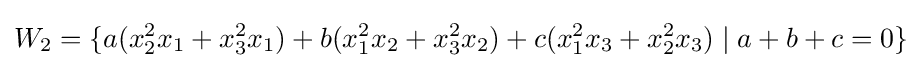
W_{2}=\{a(x_{2}^{2}x_{1}+x_{3}^{2}x_{1})+b(x_{1}^{2}x_{2}+x_{3}^{2}x_{2})+c(x_{1}^{2}x_{3}+x_{2}^{2}x_{3})\mid a+b+c=0\}